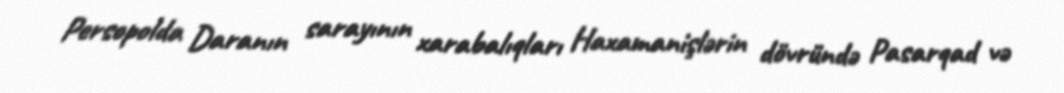
Persopolda Daranın sarayının xarabalıqları Haxamanişlərin dövründə Pasarqad və